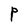
Character: P